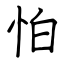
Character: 怕